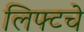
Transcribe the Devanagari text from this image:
लिफ्टचे